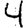
Digit: 4